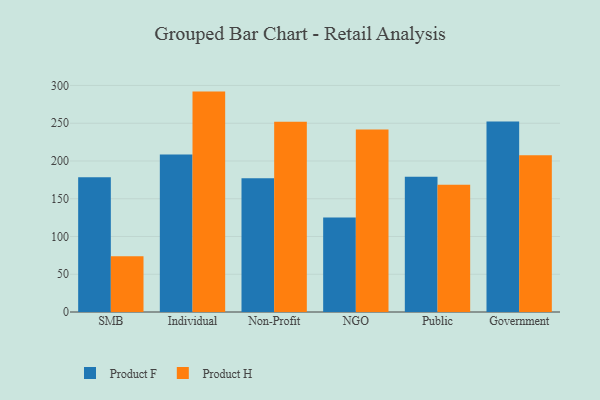
{"axis": {"x": "Segment", "y": "Backlog"}, "legend": ["Product F", "Product H"], "data": [{"x": "SMB", "y": 178.5, "type": "Product F"}, {"x": "SMB", "y": 74.0, "type": "Product H"}, {"x": "Individual", "y": 208.5, "type": "Product F"}, {"x": "Individual", "y": 291.9, "type": "Product H"}, {"x": "Non-Profit", "y": 177.1, "type": "Product F"}, {"x": "Non-Profit", "y": 252.0, "type": "Product H"}, {"x": "NGO", "y": 125.3, "type": "Product F"}, {"x": "NGO", "y": 241.8, "type": "Product H"}, {"x": "Public", "y": 179.0, "type": "Product F"}, {"x": "Public", "y": 168.5, "type": "Product H"}, {"x": "Government", "y": 252.2, "type": "Product F"}, {"x": "Government", "y": 207.5, "type": "Product H"}]}